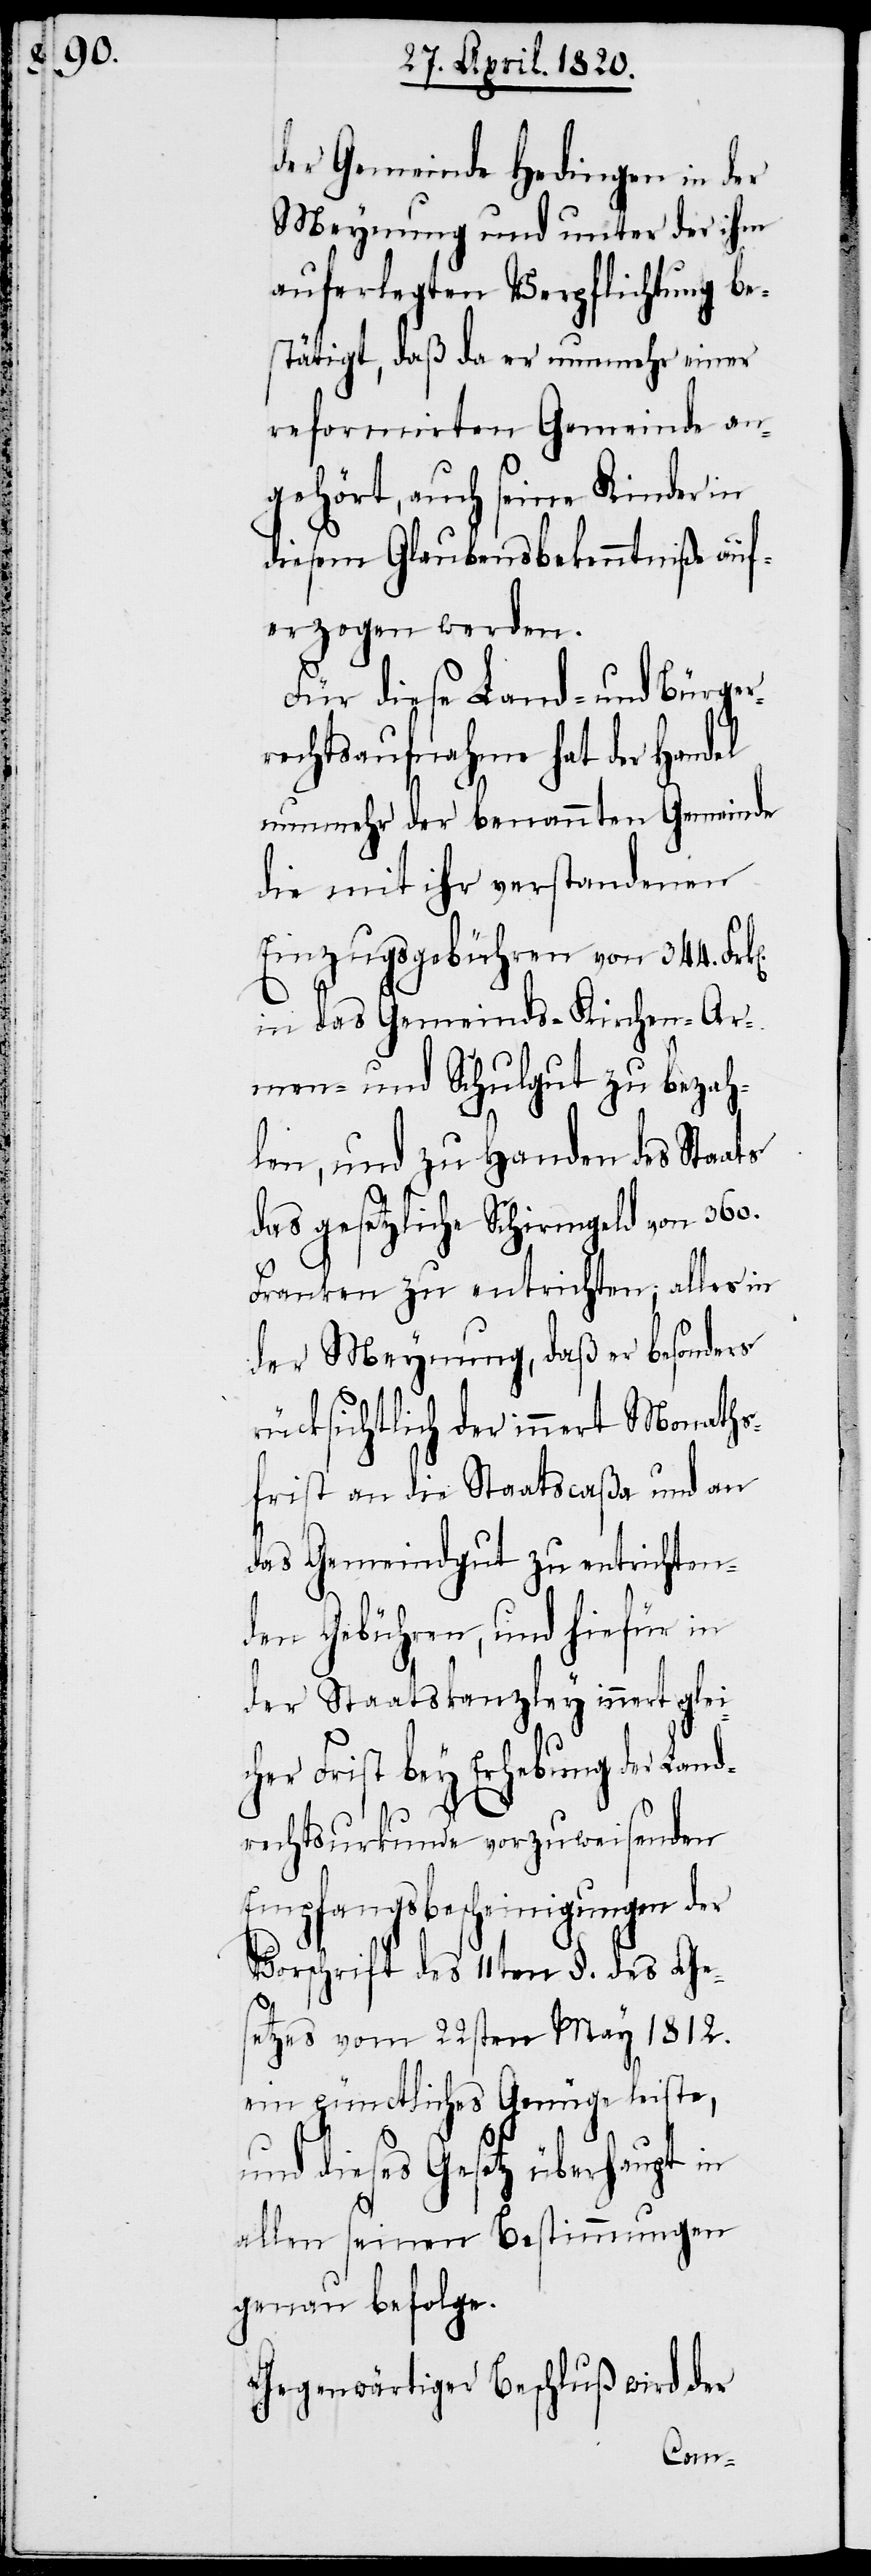
der Gemeinde Hedingen in der
Meynung und unter der ihm
auferlegten Verpflichtung be¬
stätigt, daß da er nunmehr einer
reformirten Gemeinde an¬
gehört, auch seine Kinder in
diesem Glaubensbekenntniße auf¬
erzogen werden.
Für diese Land- und Bürger¬
rechtsaufnahme hat der Handel
nunmehr der benannten Gemeinde
die mit ihr verstandenen
Einzugsgebühren von 344.
in das Gemeinds-Kirchen-Ar¬
men- und Schulgut zu bezah¬
len, und zu Handen des Staats
das gesetzliche Schirmgeld von 360.
Franken zu entrichten, alles in
der Meynung, daß er besonders
rücksichtlich der innert Monaths¬
frist an die Staatscaßa und an
das Gemeindgut zu entrichten¬
den Gebühren, und hiefür in
der Staatskanzley innert gleic¬
her Frist bey Erhebung der Land¬
rechtsurkunde vorzuweisenden
Empfangsbescheinigungen der
Vorschrift des 11ten §. des Ges¬
etzes vom 22sten May 1812.
ein pünctliches Genüge leiste,
und dieses Gesetz überhaupt
allen seinen Bestimmungen
genau befolge.
Gegenwärtiger Beschluß wird der